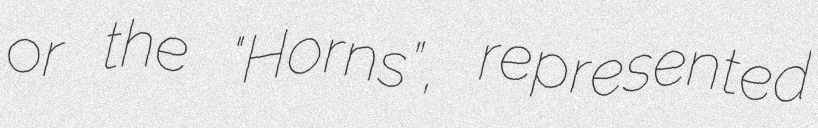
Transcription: or the "Horns”, represented